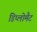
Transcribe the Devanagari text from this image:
डिप्लोमैट